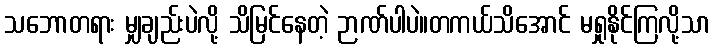
သဘောတရား မျှချည်းပဲလို့ သိမြင်နေတဲ့ ဉာဏ်ပါပဲ။တကယ်သိအောင် မရှုနိုင်ကြလို့သာ